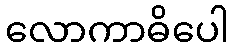
လောကာဓိပေါ